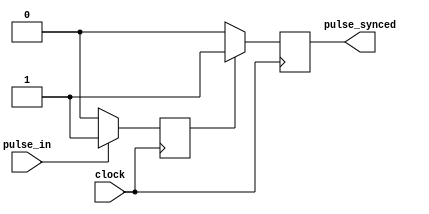
module pulse_synchronizer (
    input wire pulse_in,
    input wire clock,
    output reg pulse_synced
);

reg pulse_delay;

always @(posedge clock) begin
    if (pulse_in) begin
        pulse_delay <= 1'b1;
    end else begin
        pulse_delay <= 1'b0;
    end
end

always @(posedge clock) begin
    if (pulse_delay) begin
        pulse_synced <= 1'b1;
    end else begin
        pulse_synced <= 1'b0;
    end
end

endmodule